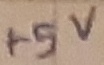
Text: +5V